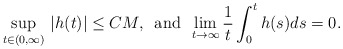
\begin{align*}\sup_{t\in(0,\infty)}\,|h(t)|\leq CM,\,\,\,{\rm and}\,\,\,\lim_{t\to\infty}\frac{1}{t}\int_0^th(s)ds=0.\end{align*}